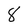
Character: 8